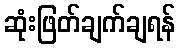
ဆုံးဖြတ်ချက်ချရန်